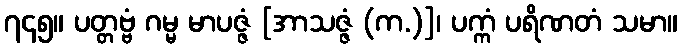
၇၄၅။ ပတ္တဗ္ဗံ ဂမ္မ မာပဇ္ဇံ [အာသဇ္ဇံ (က.)]၊ ပက္ကံ ပရိဏတံ သမာ။